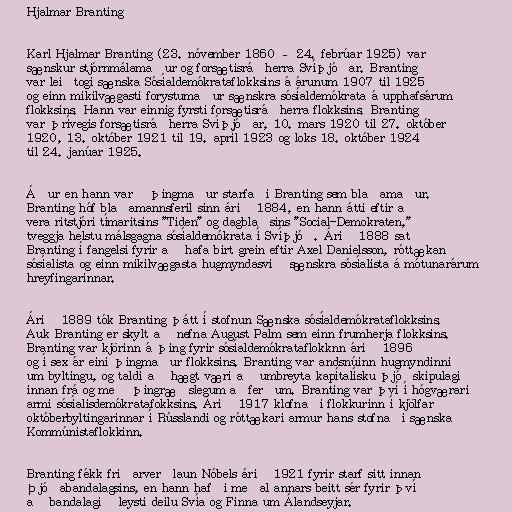
Hjalmar Branting

Karl Hjalmar Branting (23. nóvember 1860 – 24. febrúar 1925) var
sænskur stjórnmálamaður og forsætisráðherra Svíþjóðar. Branting
var leiðtogi sænska Sósíaldemókrataflokksins á árunum 1907 til 1925
og einn mikilvægasti forystumaður sænskra sósíaldemókrata á upphafsárum
flokksins. Hann var einnig fyrsti forsætisráðherra flokksins. Branting
var þrívegis forsætisráðherra Svíþjóðar, 10. mars 1920 til 27. október
1920, 13. október 1921 til 19. apríl 1923 og loks 18. október 1924
til 24. janúar 1925.

Áður en hann varð þingmaður starfaði Branting sem blaðamaður.
Branting hóf blaðamannsferil sinn árið 1884, en hann átti eftir að
vera ritstjóri tímaritsins "Tiden" og dagblaðsins "Social-Demokraten,"
tveggja helstu málsgagna sósíaldemókrata í Svíþjóð. Árið 1888 sat
Branting í fangelsi fyrir að hafa birt grein eftir Axel Danielsson, róttækan
sósíalista og einn mikilvægasta hugmyndasvið sænskra sósíalista á mótunarárum
hreyfingarinnar.

Árið 1889 tók Branting þátt í stofnun Sænska sósíaldemókrataflokksins.
Auk Branting er skylt að nefna August Palm sem einn frumherja flokksins.
Branting var kjörinn á þing fyrir sósíaldemókrataflokknn árið 1896
og í sex ár eini þingmaður flokksins. Branting var andsnúinn hugmyndinni
um byltingu, og taldi að hægt væri að umbreyta kapítalísku þjóðskipulagi
innan frá og með þingræðslegum aðferðum. Branting var því í hógværari
armi sósíalisdemókratafokksins. Árið 1917 klofnaði flokkurinn í kjölfar
októberbyltingarinnar í Rússlandi og róttækari armur hans stofnaði sænska
Kommúnistaflokkinn.

Branting fékk friðarverðlaun Nóbels árið 1921 fyrir starf sitt innan
Þjóðabandalagsins, en hann hafði meðal annars beitt sér fyrir því
að bandalagið leysti deilu Svía og Finna um Álandseyjar.